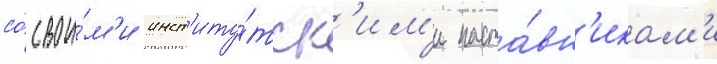
со́ свои́м'и инст'иту́тск'им'и наста́вн'икам'и